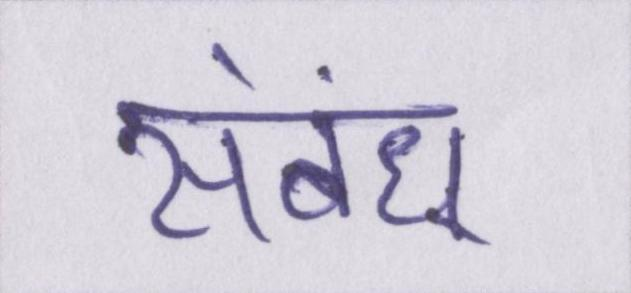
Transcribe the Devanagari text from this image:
संबंध्